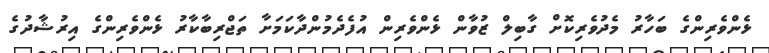
ޅެންވެރިންގެ ބަހާރު މެދުވެރިކޮށް ގާބިލް ޒުވާން ޅެންވެރިން އުފެދެމުންދާކަމަށާ ތަޖްރިބާކާރު ޅެންވެރިންގެ އިރުޝާދުގެ